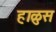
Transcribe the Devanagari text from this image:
हाळुस